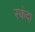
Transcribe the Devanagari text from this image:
स्कंदा